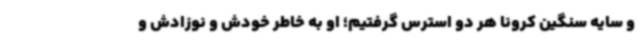
و سایه سنگین کرونا هر دو استرس گرفتیم؛ او به خاطر خودش و نوزادش و